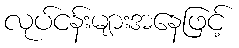
လုပ်ငန်းများအနေဖြင့်